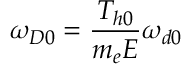
\omega _ { D 0 } = \frac { T _ { h 0 } } { m _ { e } E } \omega _ { d 0 }